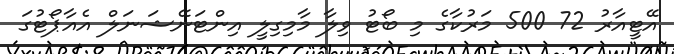
އޭޓީއާރު 72 500 މަރުކާގެ މި ބޯޓު ވިލާ މާމިގިލީ އިންޓަނޭޝަނަލް އެއާޕޯޓުގަ